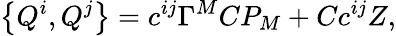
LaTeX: \left\{ Q^{i},Q^{j}\right\} =c^{ij}\Gamma^{M}CP_{M}+Cc^{ij}Z,